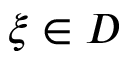
\xi \in D